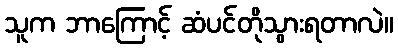
သူက ဘာကြောင့် ဆံပင်တိုသွားရတာလဲ။